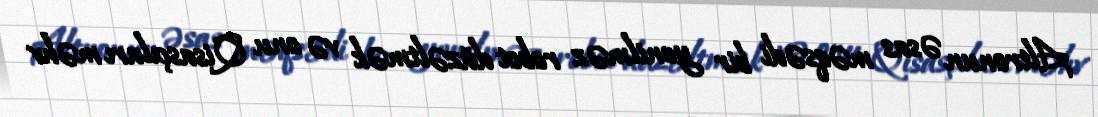
Altronun əsas məqsədi bir yenilməz robot düzəltmək və onu Qisasçıları məhv